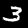
Label: 3